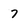
Character: 7